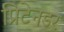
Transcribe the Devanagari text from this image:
प्रिटेनडर